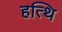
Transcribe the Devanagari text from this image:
हत्थि